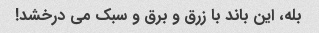
بله، این باند با زرق و برق و سبک می درخشد!